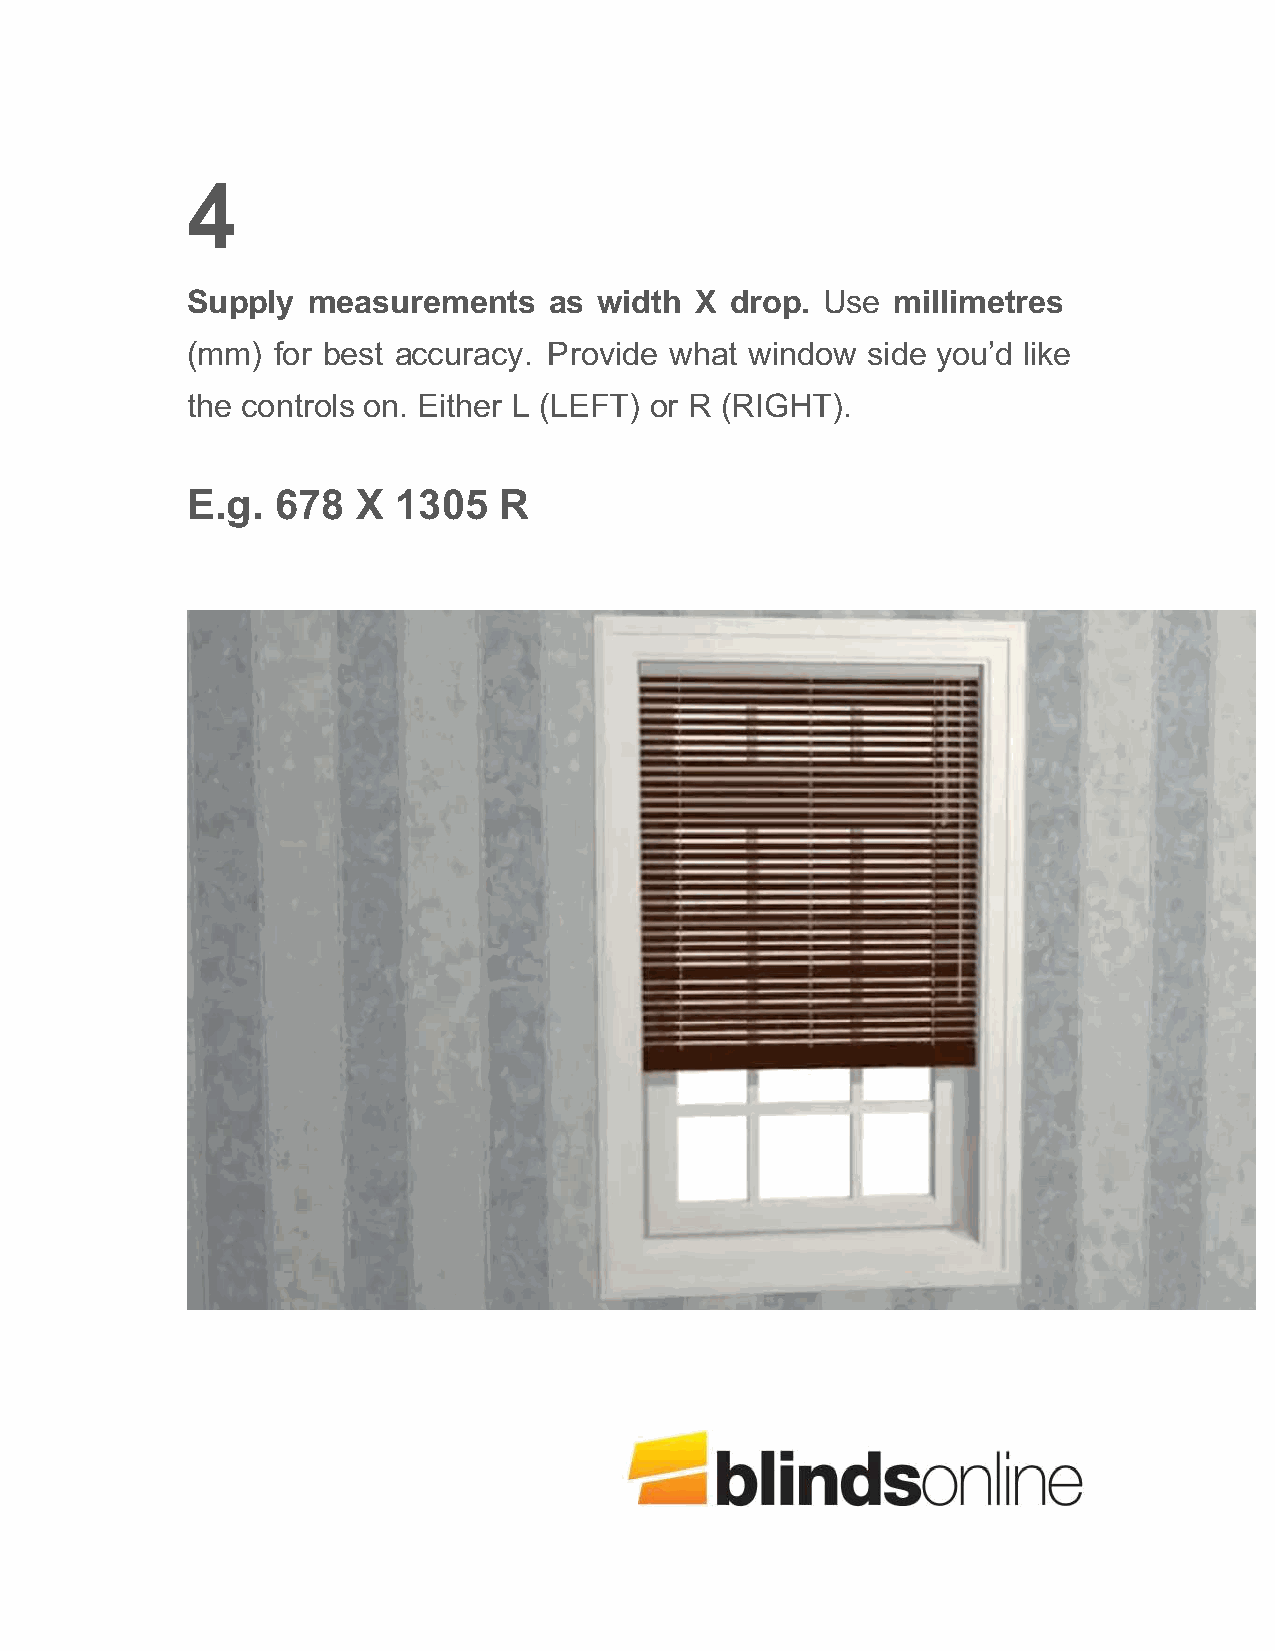
Supply  measurements    as  width X drop. Use  millimetres
 (mm)  for best accuracy. Provide what window side you’d like
 the controls on. Either L (LEFT) or R (RIGHT).
 E.g.  678   X 1305   R